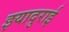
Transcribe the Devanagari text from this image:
इयादुराई